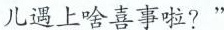
儿遇上啥喜事啦?”